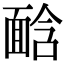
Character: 𩈣